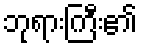
ဘုရားကြီး၏